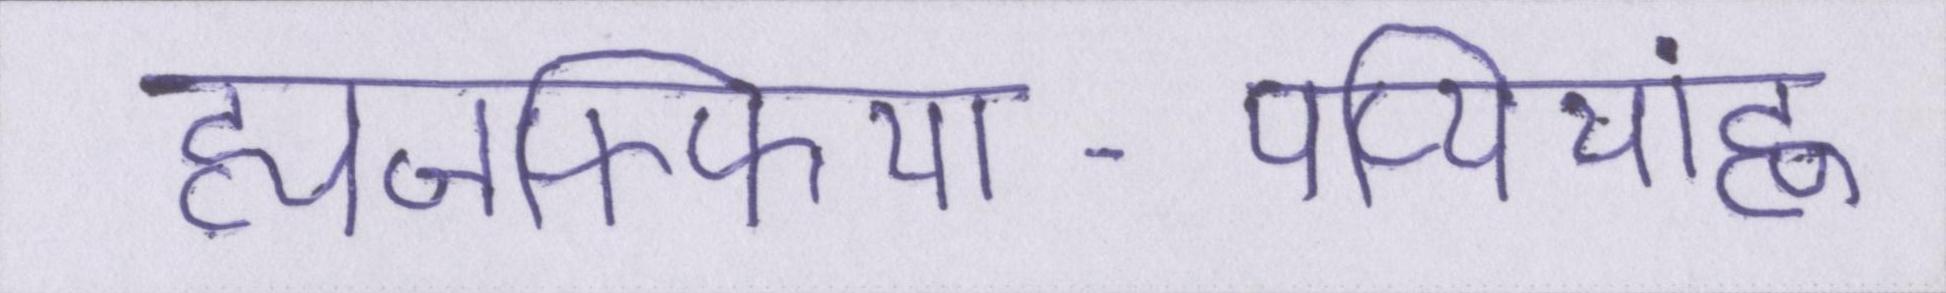
ह्यजफ्फिया-पप्पियांह्ण